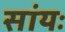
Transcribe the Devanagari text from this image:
सांयः